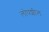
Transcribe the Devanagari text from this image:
लोपशील